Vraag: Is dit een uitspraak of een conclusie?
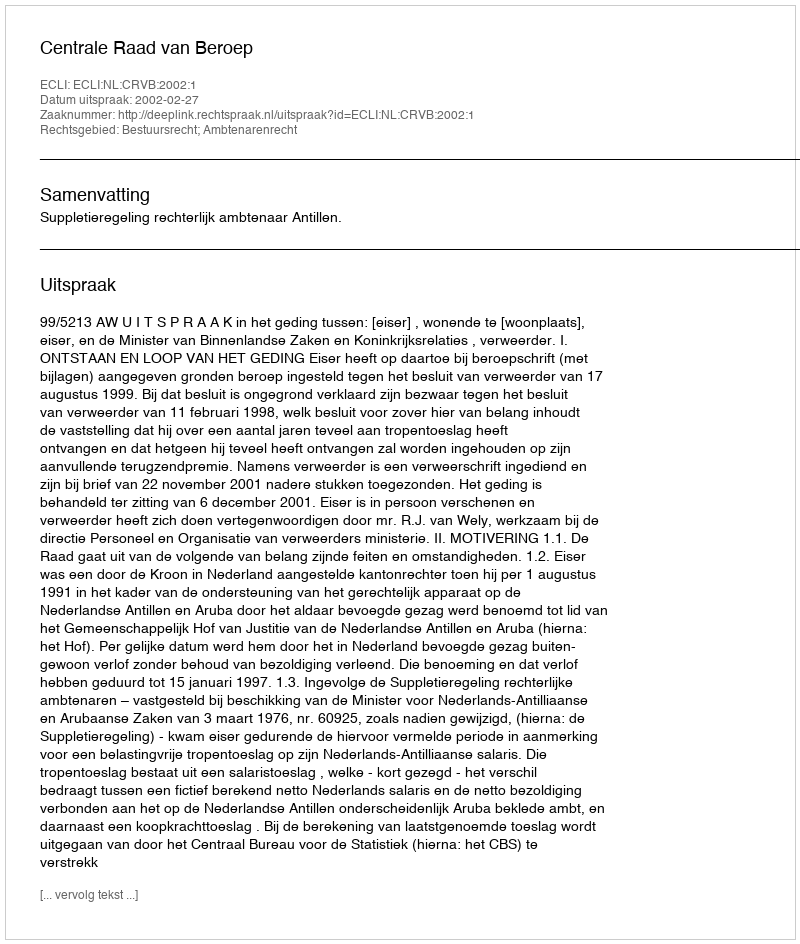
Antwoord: Uitspraak